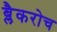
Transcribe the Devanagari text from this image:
ब्लैकरोच